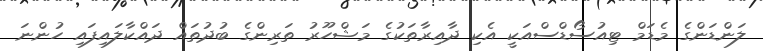
ލަންޑަންގެ މެޑަމް ޓިއުސޯޑްސްއަކީ އެކި ދާއިރާތަކުގެ މަޝްހޫރު ތަރިންގެ ބުދުތައް ދައްކާލައިފައި ހުންނަ